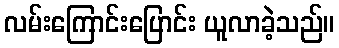
လမ်းကြောင်းပြောင်း ယူလာခဲ့သည်။